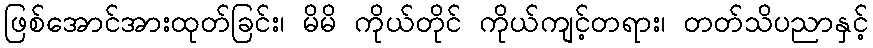
ဖြစ်အောင်အားထုတ်ခြင်း၊ မိမိ ကိုယ်တိုင် ကိုယ်ကျင့်တရား၊ တတ်သိပညာနှင့်